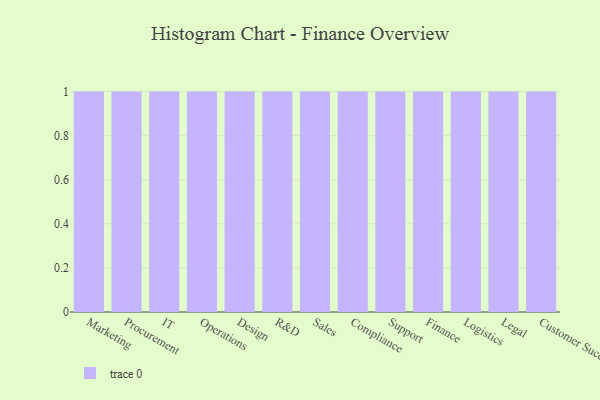
{"axis": {"x": "Department", "y": "Shipments"}, "legend": [""], "data": [{"x": "Marketing", "y": 65, "type": ""}, {"x": "Procurement", "y": 29, "type": ""}, {"x": "IT", "y": 64, "type": ""}, {"x": "Operations", "y": 81, "type": ""}, {"x": "Design", "y": 55, "type": ""}, {"x": "R&D", "y": 18, "type": ""}, {"x": "Sales", "y": 49, "type": ""}, {"x": "Compliance", "y": 1, "type": ""}, {"x": "Support", "y": 72, "type": ""}, {"x": "Finance", "y": 2, "type": ""}, {"x": "Logistics", "y": 82, "type": ""}, {"x": "Legal", "y": 72, "type": ""}, {"x": "Customer Success", "y": 36, "type": ""}]}